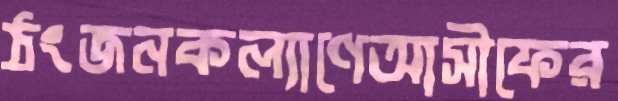
ঠংজনকল্যাণেআসীফের